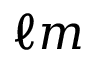
\ell m